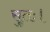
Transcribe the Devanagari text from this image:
सुतः।